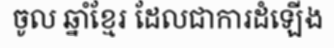
ចូល ឆ្នាំខ្មែរ ដែលជាការដំឡើង